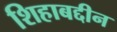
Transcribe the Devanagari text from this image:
शिहाबद्दीन